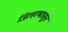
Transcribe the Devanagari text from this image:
जिल्हाभरातून